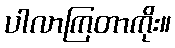
ပါလာကြတာကိုး။